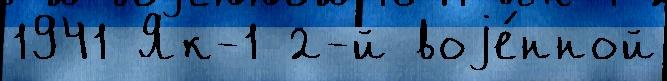
1941 Як-1 2-й воjе́нной